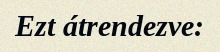
Ezt átrendezve: